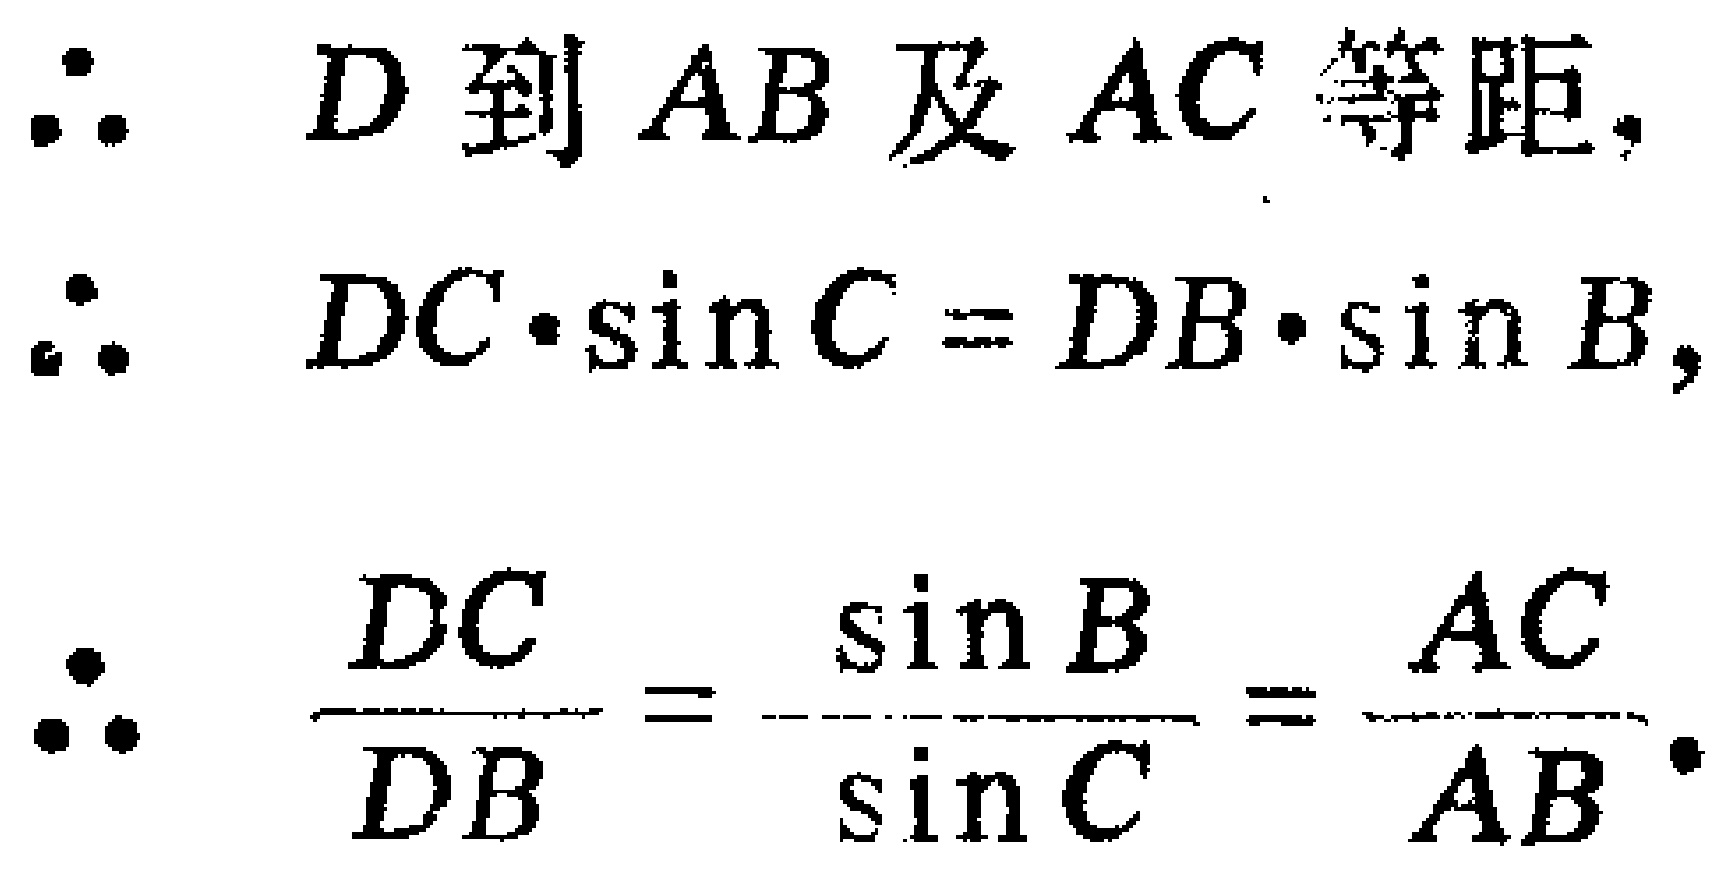
\begin{align*}

&\therefore\  D\text{ 到 }AB\text{ 及 }AC\text{ 等距}.\\

&\therefore\  DC\cdot\sin C = DB\cdot\sin B,\\

&\therefore\  \frac{DC}{DB}=\frac{\sin B}{\sin C}=\frac{AC}{AB}.

\end{align*}